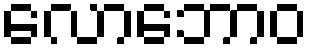
လောဘောဝ